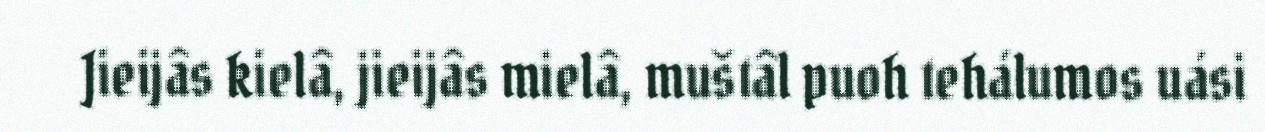
Jieijâs kielâ, jieijâs mielâ, muštâl puoh tehálumos uási